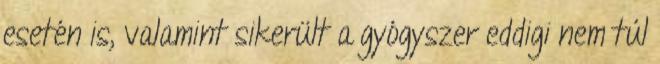
esetén is, valamint sikerült a gyógyszer eddigi nem túl